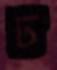
ঢ